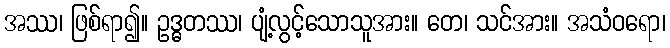
အဿ၊ ဖြစ်ရာ၍။ ဥဒ္ဓတဿ၊ ပျံ့လွင့်သောသူအား။ တေ၊ သင်အား။ အသံဝရော၊